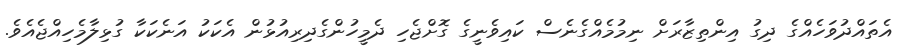
އެތައްދުވަހެއްގެ ދިގު އިންތިޒާރަށް ނިމުމެއްގެނެސް ކައިވެނީގެ ގޮށްޖެހި ދެމީހުންގެދިރިއުޅުން އެކަކު އަނެކަކާ ގުޅިލާމެހިއްޖެއެވެ.